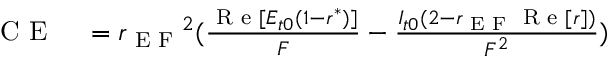
\begin{array} { r l } { \textrm { C E } } & { { } = { r _ { \textrm { E F } } } ^ { 2 } ( \frac { \textrm { R e } [ E _ { t 0 } ( 1 - r ^ { * } ) ] } { F } - \frac { I _ { t 0 } ( 2 - r _ { \textrm { E F } } \textrm { R e } [ r ] ) } { F ^ { 2 } } ) } \end{array}